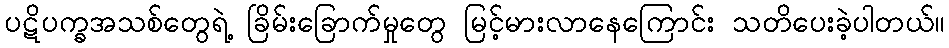
ပဋိပက္ခအသစ်တွေရဲ့ ခြိမ်းခြောက်မှုတွေ မြင့်မားလာနေကြောင်း သတိပေးခဲ့ပါတယ်။